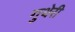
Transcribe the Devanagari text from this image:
गुथेरी